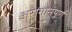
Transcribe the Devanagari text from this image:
असंमानपूर्ण